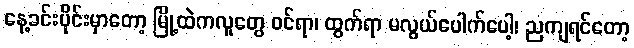
နေ့ခင်းပိုင်းမှာတော့ မြို့ထဲကလူတွေ ဝင်ရာ၊ ထွက်ရာ မလွယ်ပေါက်ပေါ့၊ ညကျရင်တော့